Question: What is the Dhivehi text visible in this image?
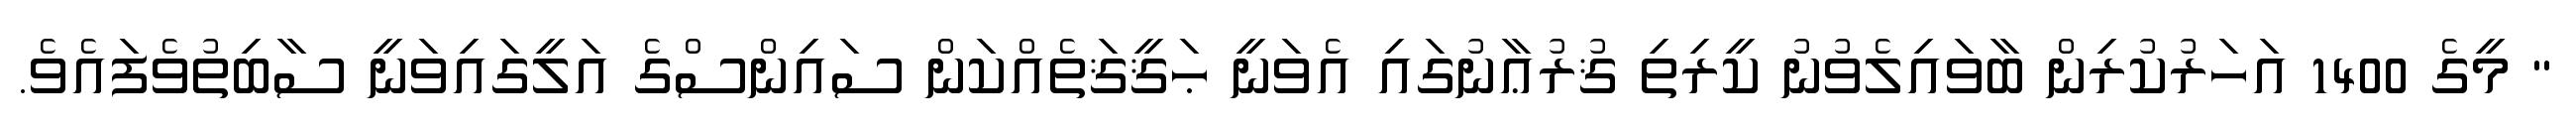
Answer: " މީގެ 1400 އަހަރުކުރިން ބާވައިލެވުނު ކީރިތި ޤުރުޢާނުގައި އެވަނީ ޙަޤީޤަތެއްކަން ސައިންސްގެ އަލީގައިވަނީ ސާބިތުވެފައެވެ.